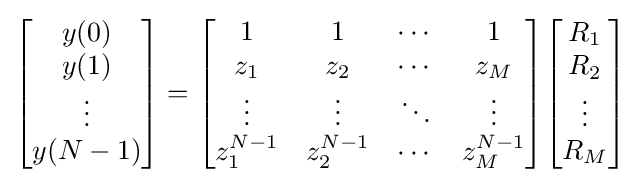
{\begin{bmatrix}y(0)\\y(1)\\\vdots \\y(N-1)\end{bmatrix}}={\begin{bmatrix}1&1&\cdots &1\\z_{1}&z_{2}&\cdots &z_{M}\\\vdots &\vdots &\ddots &\vdots \\z_{1}^{N-1}&z_{2}^{N-1}&\cdots &z_{M}^{N-1}\end{bmatrix}}{\begin{bmatrix}R_{1}\\R_{2}\\\vdots \\R_{M}\end{bmatrix}}